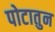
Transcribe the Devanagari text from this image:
पोटातुन